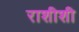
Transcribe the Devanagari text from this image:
राशीशी